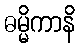
ဓမ္မိကာနိ